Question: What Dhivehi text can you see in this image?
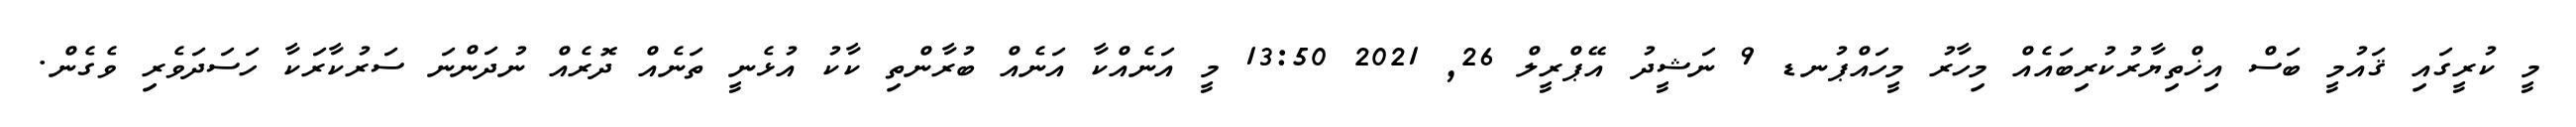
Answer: މީ ކުރީގައި ޤައުމީ ބަސް އިޚްތިޔާރުކުރިބައެއް މިހާރު މީހައްޕުނޑ 9 ނަޝީދު އޭޕްރީލް 26, 2021 13:50 މީ އަނެއްކާ އަނެއް ބުރާންތި ކާކު އުޅެނީ ތަނެއް ދޮރެއް ނުދަންނަ ސަރުކާރަކާ ހަސަދަވެރި ވެގެން.